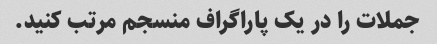
جملات را در یک پاراگراف منسجم مرتب کنید.